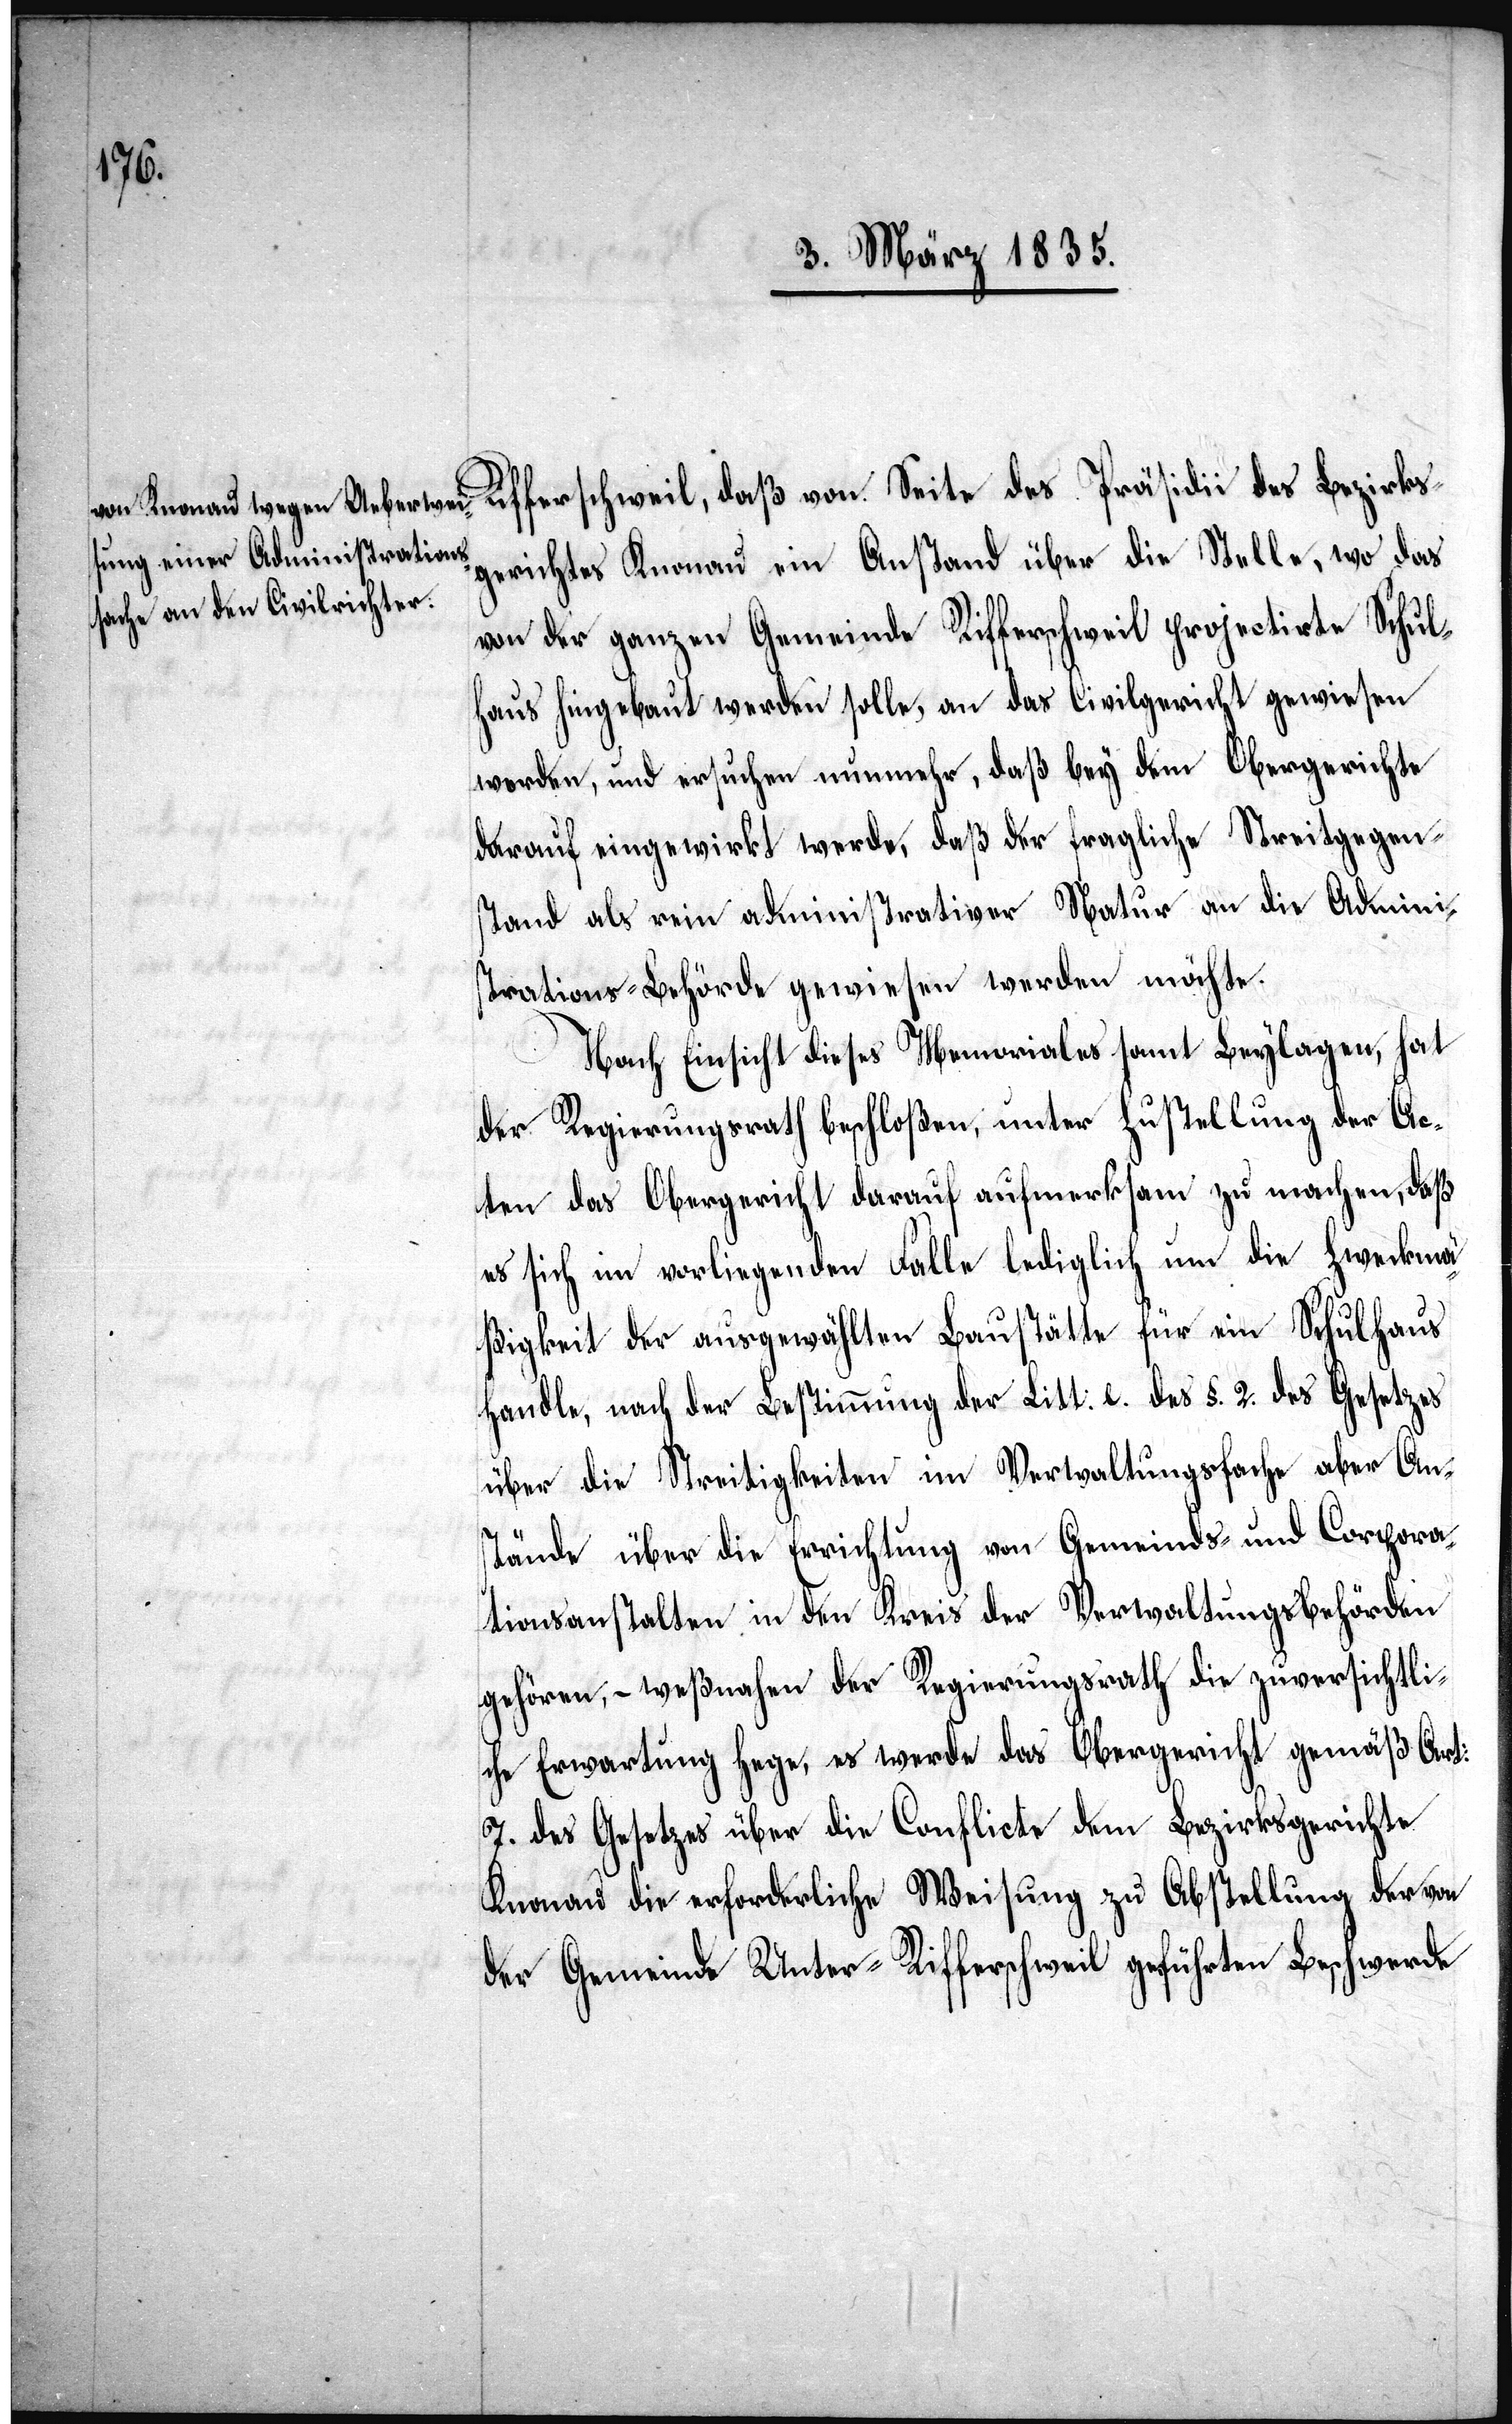
Rifferschweil, daß von Seite des Präsidii des Bezirks¬
gerichtes Knonau ein Anstand über die Stelle, wo das
von der ganzen Gemeinde Rifferschweil projectirte Schul¬
haus hingebaut werden solle, an das Civilgericht gewiesen
worden, und ersuchen nunmehr, daß bey dem Obergerichte
darauf eingewirkt werde, daß der fragliche Streitgegen¬
stand als rein administrativer Natur an die Admini¬
strations-Behörde gewiesen werden möchte.
Nach Einsicht dieses Memorials samt Beylagen, hat
der Regierungsrath beschloßen, unter Zustellung der Ac¬
ten das Obergericht darauf aufmerksam zu machen, daß
es sich im vorliegenden Falle lediglich um die Zweckmä¬
ßigkeit der ausgewählten Baustätte für ein Schulhaus
handle, nach der Bestimmung der Litt: e. des §. 2. des Gesetzes
über die Streitigkeiten im Verwaltungsfache aber An¬
stände über die Errichtung von Gemeinds- und Corpora¬
tionsanstalten in den Kreis der Verwaltungsbehörden
gehören, – weßnahen der Regierungsrath die zuversichtli¬
che Erwartung hege, es werde das Obergericht gemäß Art:
7. des Gesetzes über die Conflicte dem Bezirksgerichte
Knonau die erforderliche Weisung zu Abstellung der von
der Gemeinde Unter-Rifferschweil geführten Beschwerde